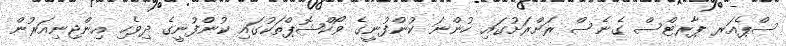
ސްޕެއަރ ޕާރޓްސް ގެނެސް ރަށްރަށުގައި ހުންނަ ކުންފުނީގެ ވޯކްޝޮޕްތަކުގައި ކުންފުނީގެ ދިވެހި އިންޖިނިއަރުން